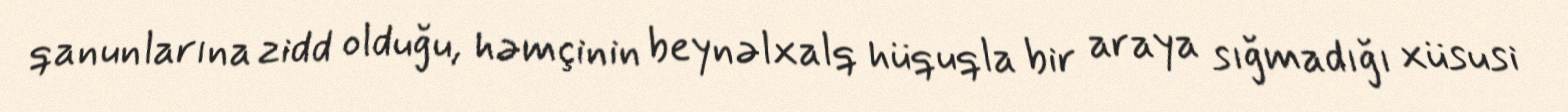
qanunlarına zidd olduğu, həmçinin beynəlxalq hüquqla bir araya sığmadığı xüsusi